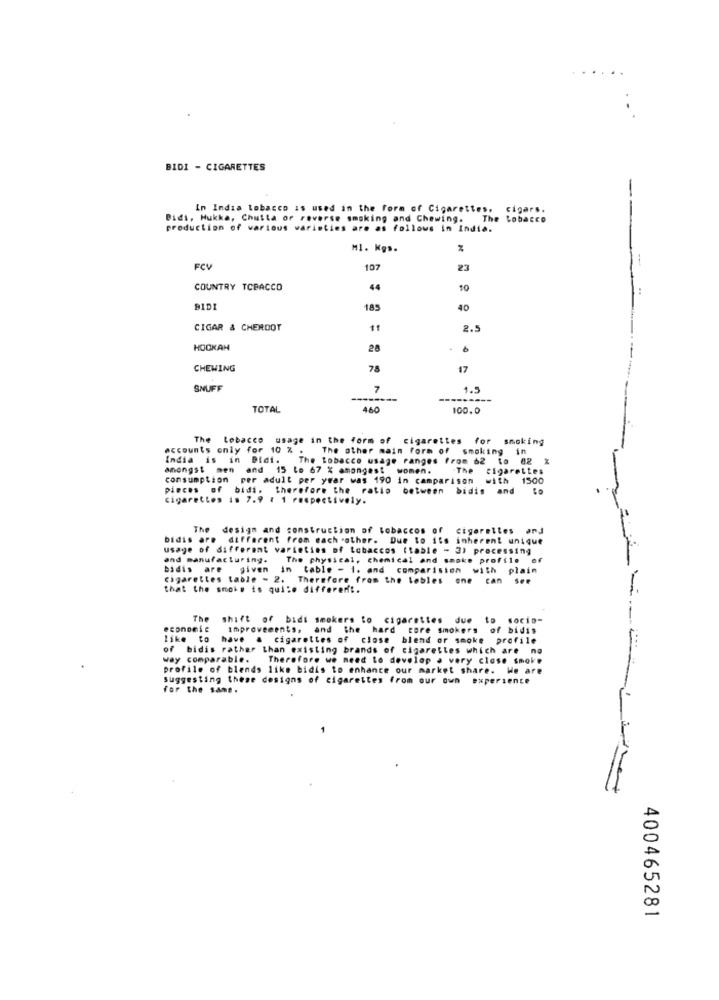
.....
BIDI - CIGARETTES
In India tobacco is used in the form of Cigarettes.
cigars.
Bidi, Hukka, Chutta or reverse smoking and Chewing. The tobacco
production of various varieties are as follows in India.
M1. Kg ..
FCV
107
23
COUNTRY TCPACCO
44
10
BIDI
185
40
CIGAR & CHERDOT
11
2.5
HOOKAH
20
CHEWING
78
17
SNUFF
7
1.5
TOTAL
460
100.0
The tobacco usage in the form of cigarettes for smoking
accounts only for 10 % .
The other main form of smoking in
India is in Bidi. The tobacco usage ranges from 62 to 82 x
amongst men and 15 lo 67 % amongest women.
The cigarettes
consumption
per adult per year was 190 in camparison
with 1500
pieces of bidi. therefore the ratio between bidis and lo
Cigarettes is 7.9 : 1 respectively.
The design and construction of tobaccos of
cigarettes and
bidis are different from each other. Due to its inherent unique
usage of different varieties of tobaccos (table - 3) processing
and manufacturing.
The physical, chemical and smoke profile of
bidis are
given in table - i. and comparisien with plain
Cigarettes table - 2. Therefore from the lebles one can see
that the smoke is quite different.
-
The
shift of bidi smokers to cigarettes
economie
improvements, and the hard core smokers of bidis
like to have a cigarettes of close blend or smoke profile
of bidis rather than existing brands of cigarettes which are no
way comparable.
Therefore we need to develop a very close smoke
profile of blends like bidis to enhance our market share. We are
suggesting these designs of cigarettes from our own experience
for the same.
400465281